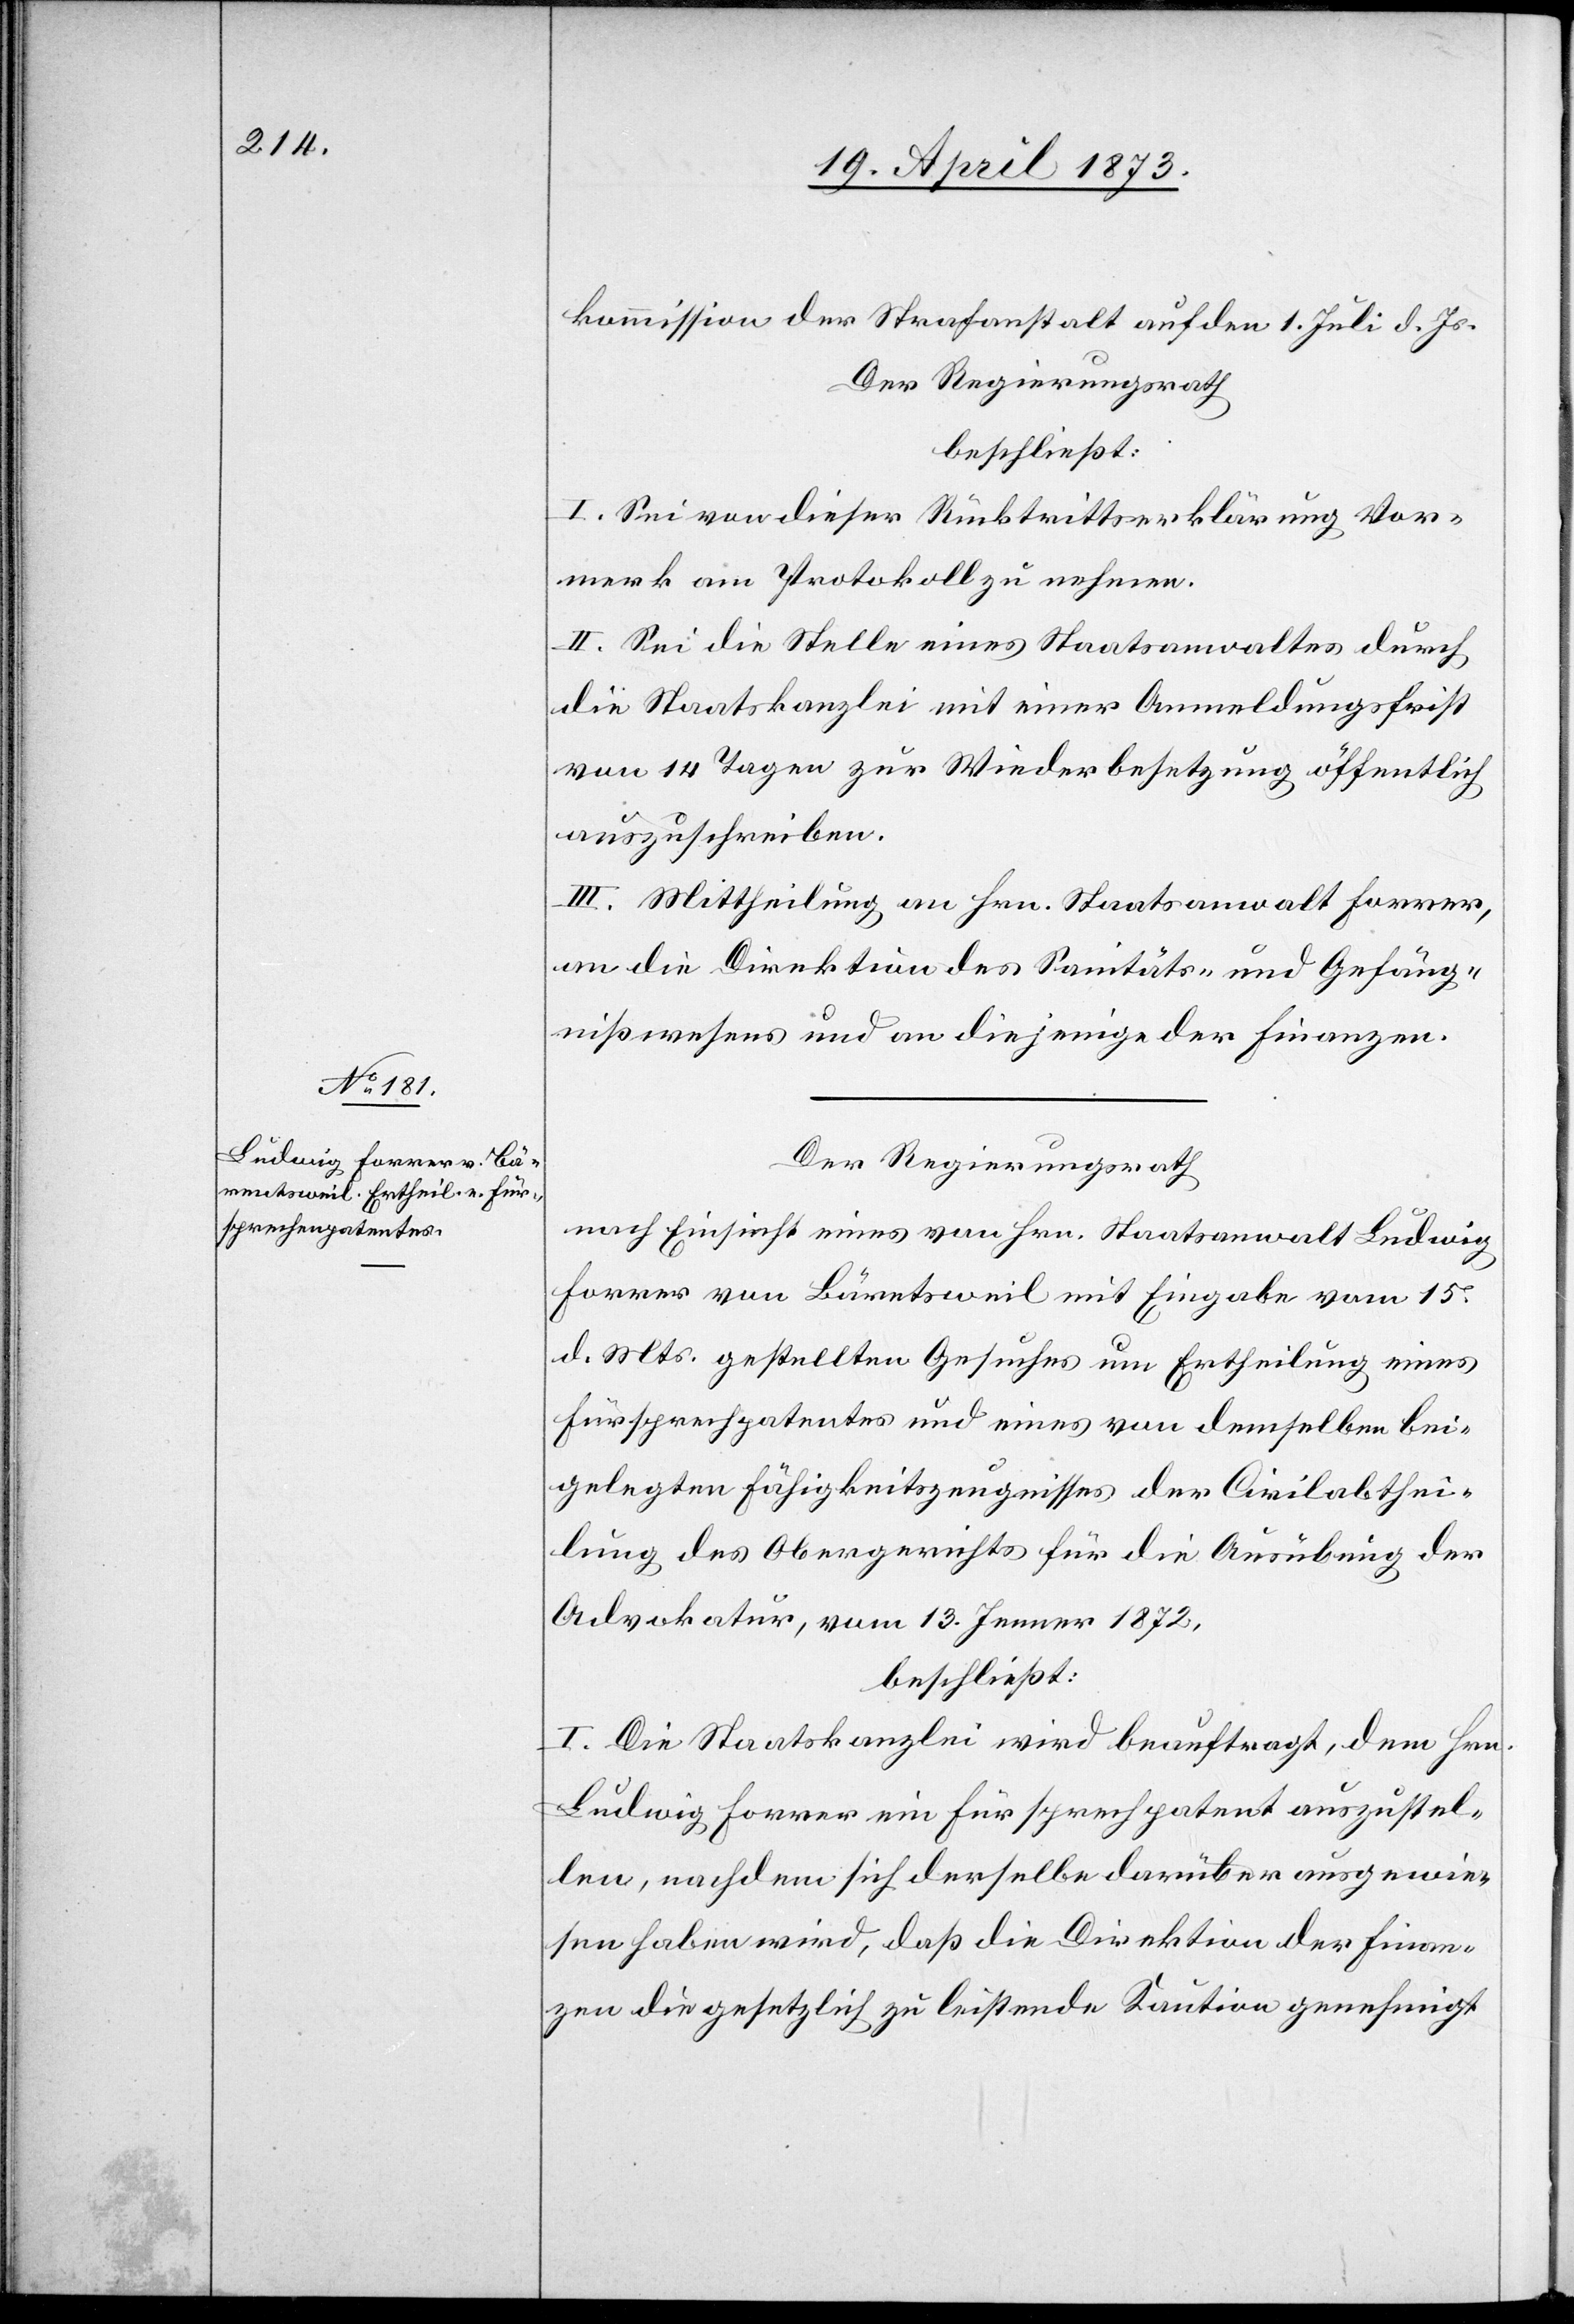
kommission der Strafanstalt auf den 1. Juli d. Js.
Der Regierungsrath
beschließt:
I. Sei von dieser Rücktrittserklärung Vor¬
merk am Protokoll zu nehmen.
II. Sei die Stelle eines Staatsanwaltes durch
die Staatskanzlei mit einer Anmeldungsfrist
von 14 Tagen zur Wiederbesetzung öffentlich
auszuschreiben.
III. Mittheilung an Hrn. Staatsanwalt Forrer,
an die Direktion des Sanitäts- und Gefäng¬
nißwesens und an diejenige der Finanzen.
Der Regierungsrath
nach Einsicht eines von Hrn. Staatsanwalt Ludwig
Forrer von Bäretsweil [sic!] mit Eingabe vom 15.
d. Mts. gestellten Gesuches um Ertheilung eines
Fürsprechpatentes und eines von demselben bei¬
gelegten Fähigkeitszeugnisses der Civilabthei¬
lung des Obergerichts für die Ausübung der
Advokatur, vom 13. Jenner 1872,
beschließt:
I. Die Staatskanzlei wird beauftragt, dem Hrn.
Ludwig Forrer ein Fürsprechpatent auszustel¬
len, nachdem sich derselbe darüber ausgewie¬
sen haben wird, daß die Direktion der Finan¬
zen die gesetzlich zu leistende Kaution genehmigt